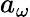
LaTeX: a_{\omega}